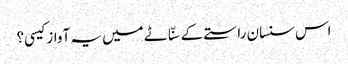
اس سنسان راستے کے سنّاٹے میں یہ آواز کیسی؟